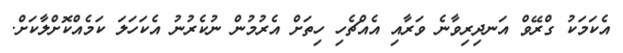
އެކަމަކު ގްރޭވް އަނދިރިވާނެ ވަރާއި އެއްޗެހި ހިތަށް އެރުމުން ނުކެރުނު އެކަހަލަ ކަމެއްކޮށްލާކަށް.